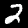
Label: 2